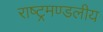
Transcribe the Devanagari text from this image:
राष्‍ट्रमण्‍डलीय